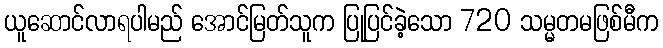
ယူဆောင်လာရပါမည် အောင်မြတ်သူက ပြုပြင်ခဲ့သော 720 သမ္မတမဖြစ်မီက